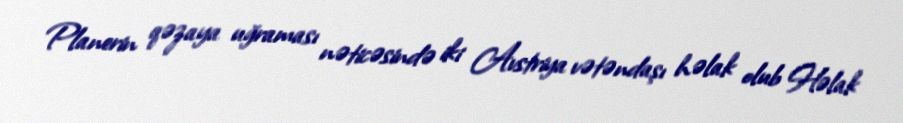
Planerin qəzaya uğraması nəticəsində iki Avstriya vətəndaşı həlak olub Həlak